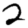
Digit: 2